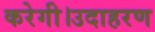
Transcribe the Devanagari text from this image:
करेगी।उदाहरण